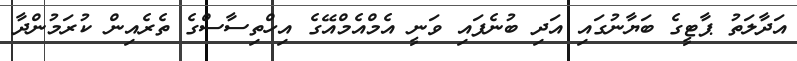
އަދާލަތު ޕާޓީގެ ބަޔާނުގައި އަދި ބުނެފައި ވަނީ އެމްއެމްއޭގެ އިހްތިސާސްގެ ތެރެއިން ކުރަމުންދާ